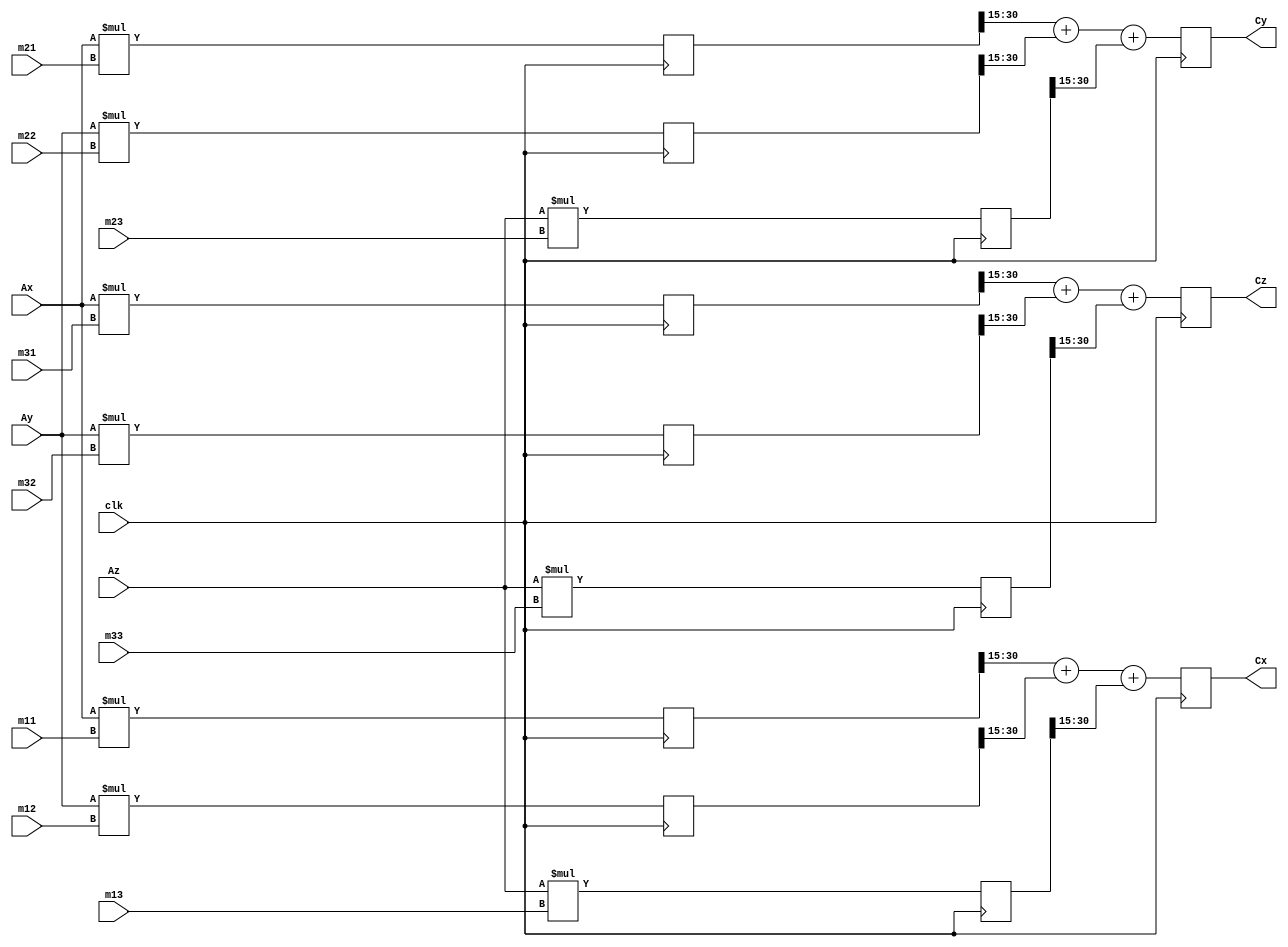
`define SIMULATION_MEMORY

module matmult (Ax, Ay, Az, m11, m12, m13, m21, m22, m23, m31, m32, m33, Cx, Cy, Cz, clk);

    input[16 - 1:0] Ax; 
    input[16 - 1:0] Ay; 
    input[16 - 1:0] Az; 
    input[16 - 1:0] m11; 
    input[16 - 1:0] m12; 

    input[16 - 1:0] m13; 
    input[16 - 1:0] m21; 
    input[16 - 1:0] m22; 
    input[16 - 1:0] m23; 
    input[16 - 1:0] m31; 
    input[16 - 1:0] m32; 
    input[16 - 1:0] m33; 
    output[16 - 1:0] Cx; 
    reg[16 - 1:0] Cx;
    output[16 - 1:0] Cy; 
    reg[16 - 1:0] Cy;
    output[16 - 1:0] Cz; 

    reg[16 - 1:0] Cz;
    input clk; 

    reg[16 + 16 - 1:0] am11; 
    reg[16 + 16 - 1:0] am12; 
    reg[16 + 16 - 1:0] am13; 
    reg[16 + 16 - 1:0] am21; 
    reg[16 + 16 - 1:0] am22; 
    reg[16 + 16 - 1:0] am23; 
    reg[16 + 16 - 1:0] am31; 
    reg[16 + 16 - 1:0] am32; 
    reg[16 + 16 - 1:0] am33; 


    always @(posedge clk)
    begin
       am11 <= Ax * m11 ; 
       am12 <= Ay * m12 ; 
       am13 <= Az * m13 ; 
       am21 <= Ax * m21 ; 
       am22 <= Ay * m22 ; 
       am23 <= Az * m23 ; 
       am31 <= Ax * m31 ; 
       am32 <= Ay * m32 ; 
       am33 <= Az * m33 ; 

       //      Cx <= (am11 + am12 + am13) (`widthA+`widthB-2 downto `widthB-1);
       //      Cy <= (am21 + am22 + am23) (`widthA+`widthB-2 downto `widthB-1);
       //      Cz <= (am31 + am32 + am33) (`widthA+`widthB-2 downto `widthB-1);
       Cx <= (am11[16+16-2:16-1] + am12[16+16-2:16-1] + am13[16+16-2:16-1]) ; 
       Cy <= (am21[16+16-2:16-1] + am22[16+16-2:16-1] + am23[16+16-2:16-1]); 
       Cz <= (am31[16+16-2:16-1] + am32[16+16-2:16-1] + am33[16+16-2:16-1]) ;  
    end 
 endmodule